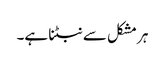
ہر مشکل سے نبٹنا ہے۔